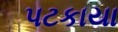
પટકાયા